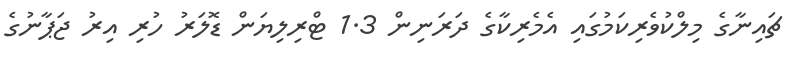
ޗައިނާގެ މިލްކުވެރިކަމުގައި އެމެރިކާގެ ދަރަނިން 1.3 ޓްރިލިޔަން ޑޮލަރު ހުރި އިރު ޖަޕާނުގެ